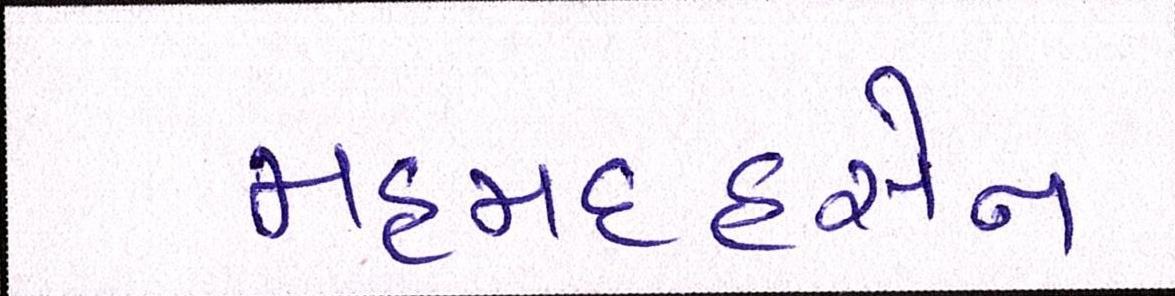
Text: મહમદહુસેન